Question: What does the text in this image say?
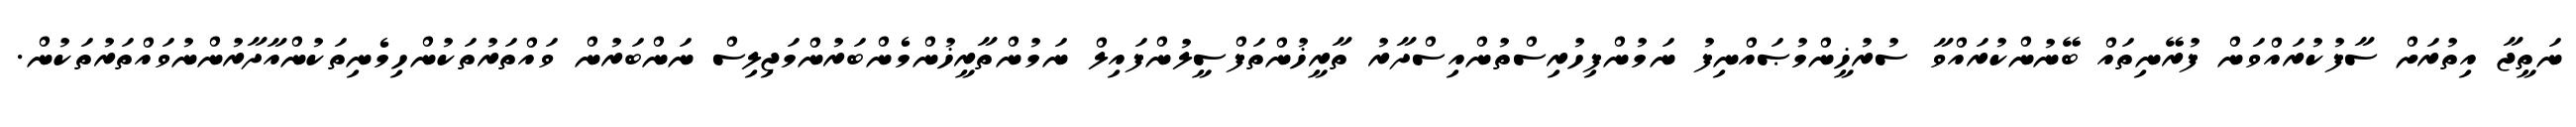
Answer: ނަތީޖާ އިތުރަށް ސާފުކުރައްވަން ފުރޭނިތައް ބޭނުންކުރައްވާ ސުރުޚީންމުޞައްނިފު ނަމުންފިހުރިސްތުންއިސްދާރު ތާރީޚުންތަފްސީލުންފައިލް ނަމުންތާރީޚުންމެންބަރުންމަޖިލިސް ނަންބަރުން ވައްތަރުތަކުންހިމެނިތަކުންއާދާރުންނުވައްތަރުތަކުން.